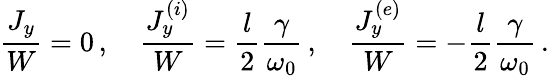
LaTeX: \frac{J_{y}}{W}=0\, ,\quad\frac{J_{y}^{(i)}}{W}=\frac{l}{2}\frac{\gamma}{\omega_{0}}\, ,\quad\frac{J_{y}^{(e)}}{W}=-\frac{l}{2}\frac{\gamma}{\omega_{0}}\, .